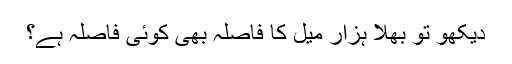
دیکھو تو بھلا ہزار میل کا فاصلہ بھی کوئی فاصلہ ہے؟